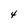
Character: 4